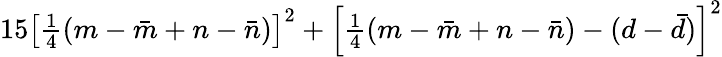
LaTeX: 15\left[{\textstyle{\frac{1}{4}}}(m-\bar{m}+n-\bar{n})\right]^{2}+\left[{\textstyle{\frac{1}{4}}}(m-\bar{m}+n-\bar{n})-(d-\bar{d})\right]^{2}